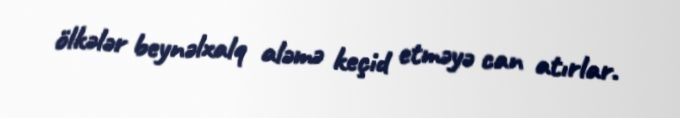
ölkələr beynəlxalq aləmə keçid etməyə can atırlar.